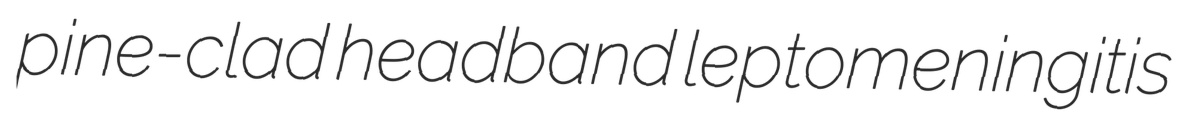
pine-clad headband leptomeningitis